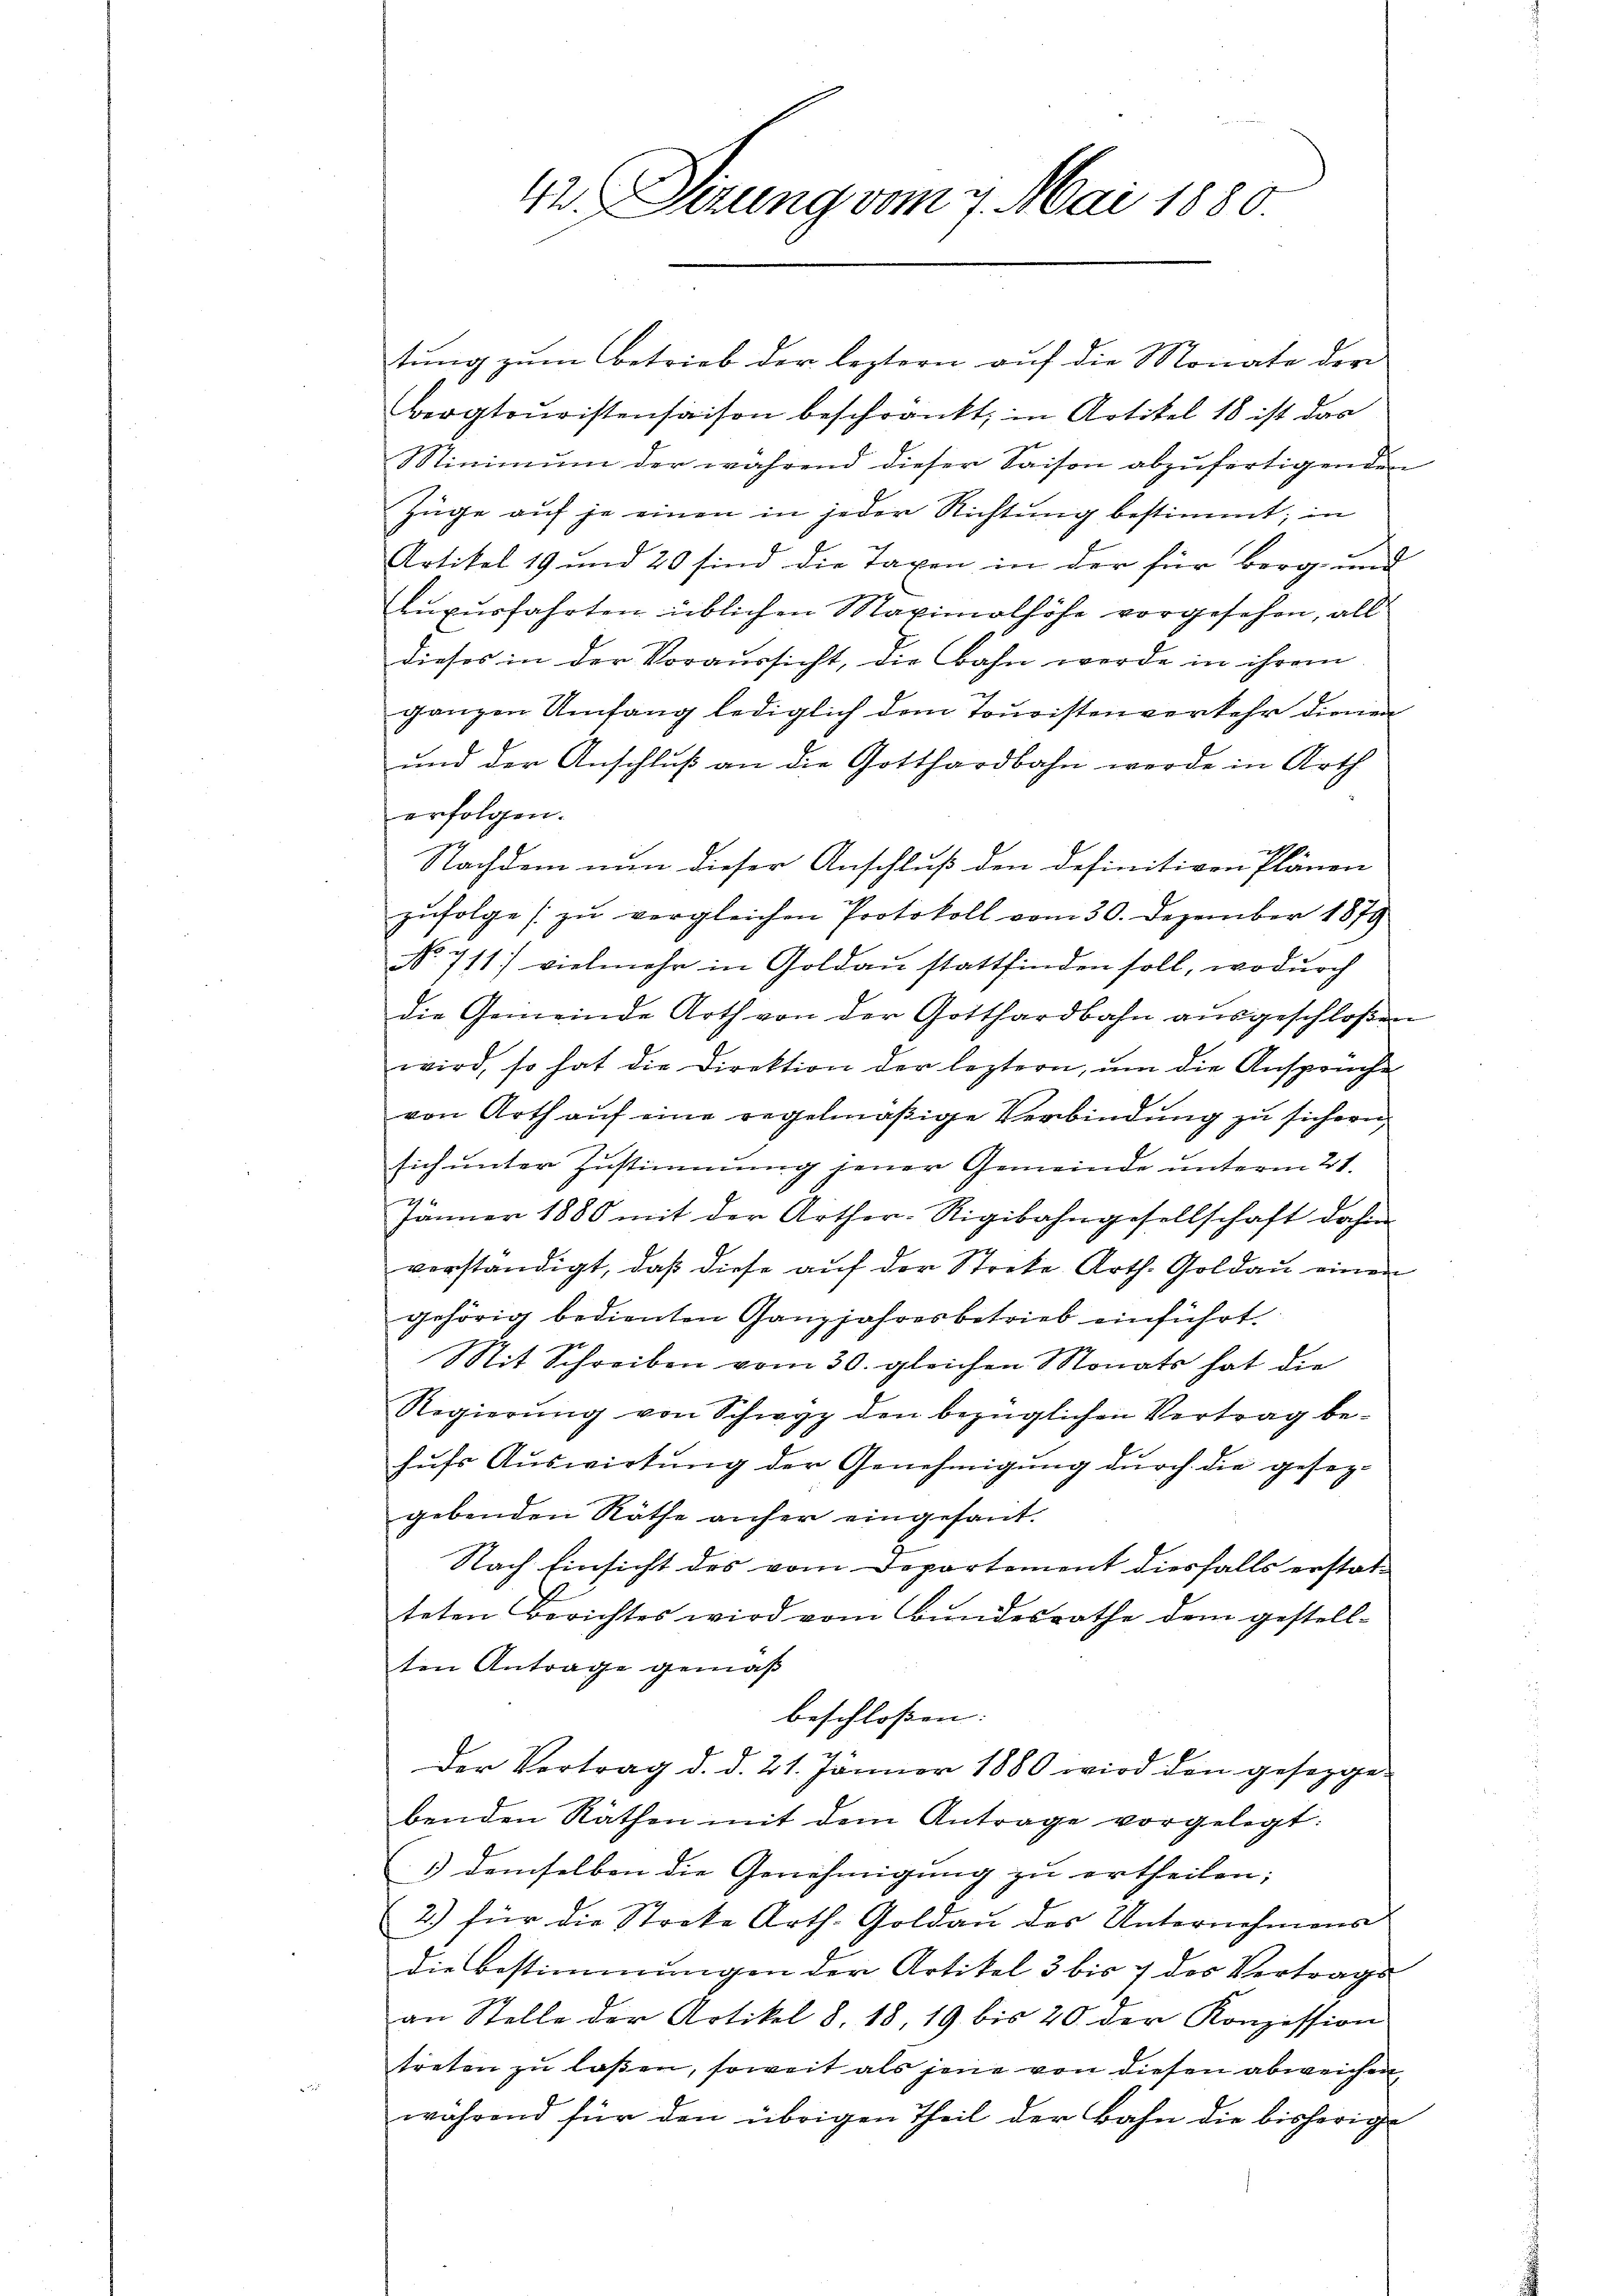
tung zum Betrieb der leztern auf die Monate der
Bergtouristensaison beschränkt, in Artikel 18 ist das
Minimum der während dieser Saison abzufertigenden
Züge auf je einen in jeder Richtung bestimmt; in
Artikel 19 und 20 sind die Taxen in der für Berg- und
lupurfahrten üblichen Maximalhöhe vorgesehen, all
dieses in der Voraussicht, die Bahn werde in ihrem
ganzen Umfang lediglich dem Touristenverkehr dienen
und der Anschlŭβ an die Gotthardbahn werde in Arth
erfolgen.
Nachdem nun dieser Anschluß den definitiven Plänen
zŭfolge zu vergleichen Protokoll vom 30. Dezember 1879
No 711) vielmehr in Goldau stattfinden soll, wodurch
die Gemeinde Arth von der Gotthardbahn aŭsgeschloßen
wird, so hat die Direktion der leztern, ŭm die Ansprüche
von Arth auf eine regelmäßige Verbindung zu sichern,
e
sich unter Zustimmung jener Gemeinde unterm 21.
Jänner 1880 mit der Arther-Rigibahngesellschaft dahin
verständigt, daß diese auf der Streke Arth. Goldau einen
gehörig bedienten Ganzjahresbetrieb einführt.
Mit Schreiben vom 30. gleichen Monats hat die
Regierŭng von Schwyz den bezüglichen Vertrag be-
hufs Auswirtung der Genehmigung durch die gesezgebenden Räthe anfer eingesant.
Nach Einsicht des vom Departement diesfalls erstatteten Berichtes wird vom Bundesrathe dem gestell-
ten Antrage gemäß
beschloßen:
Der Vertrag d. d. 21. Jänner 1880 wird den gesegge-
benden Räthen mit dem Antrage vorgelegt.
1) demselben die Genehmigung zu ertheilen;
2.) für die Stocke Arth. Goldaŭ des Unternehmens
die Bestimmungen der Artikel 3 bis 7 des Vertrags-
an Stelle der Artikel 8. 18, 19 bis 20 der Konzession
treten zu laßen, soweit als jene von diesen abweichen
während für den übrigen Theil der Bahn die bisherige

Sirung vom 7. Mai 1880.